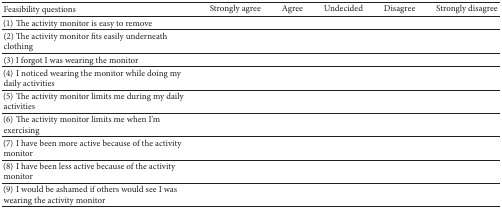
| Feasibility questions | Strongly agree | Agree | Undecided | Disagree | Strongly disagree |
 | --- | --- | --- | --- | --- | --- |
 | (1) The activity monitor is easy to remove |  |  |  |  |  |
 | (2) The activity monitor fits easily underneath clothing |  |  |  |  |  |
 | (3) I forgot I was wearing the monitor |  |  |  |  |  |
 | (4) I noticed wearing the monitor while doing my daily activities |  |  |  |  |  |
 | (5) The activity monitor limits me during my daily activities |  |  |  |  |  |
 | (6) The activity monitor limits me when I'm exercising |  |  |  |  |  |
 | (7) I have been more active because of the activity monitor |  |  |  |  |  |
 | (8) I have been less active because of the activity monitor |  |  |  |  |  |
 | (9) I would be ashamed if others would see I was wearing the activity monitor |  |  |  |  |  |